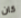
كان